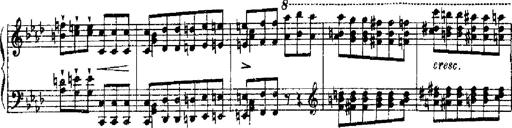
Title: RÃ©miniscences de Robert le diable
Composer: Franz Liszt